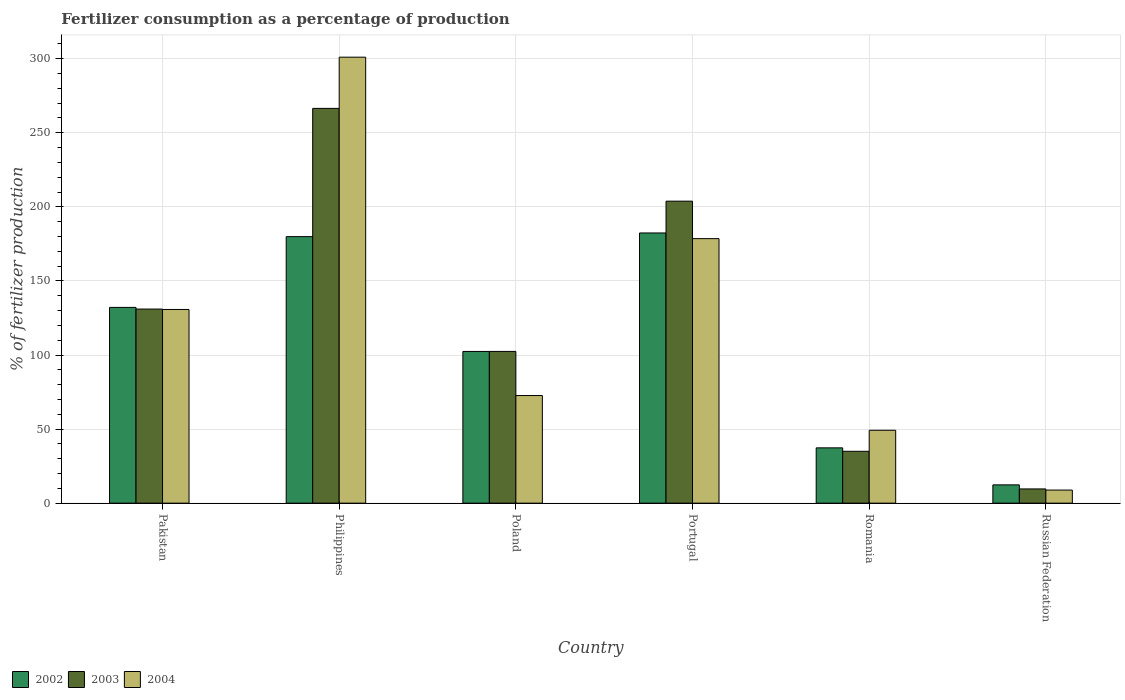
| Country | 2002 | 2003 | 2004 |
 | --- | --- | --- | --- |
 | Pakistan | 132 | 131 | 131 |
 | Philippines | 180 | 266 | 301 |
 | Poland | 102 | 102 | 72.6 |
 | Portugal | 182 | 204 | 179 |
 | Romania | 37.3 | 35 | 49.2 |
 | Russian Federation | 12.3 | 9.6 | 8.83 |